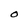
Character: O